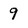
Character: 9